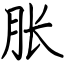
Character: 胀